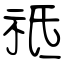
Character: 祗